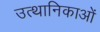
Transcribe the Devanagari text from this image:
उत्थानिकाओं